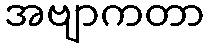
အဗျာကတာ